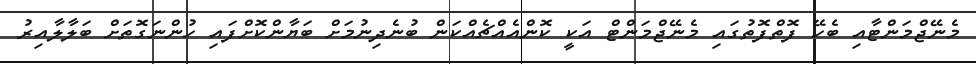
މެނޭޖްމަންޓާއި ބެހޭ ފޮތްފޮތުގައި މެނޭޖްމަންޓް އަކީ ކޮންއެއްޗެއްކަން ބުނެދިނުމަށް ބަޔާންކޮށްފައި ހުންނަގޮތަށް ބަލާލާއިރު